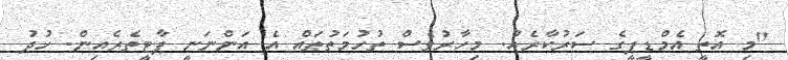
"މި އޮތީ އެމްޑީޕީގެ ސަރުކާރެއް. މިހާރުވެސް ތުހުމަތުތައް އެ އަންނަނީ ޕާޓީތެރެއިން. ހުދު